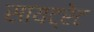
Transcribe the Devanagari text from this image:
सायट्रेट